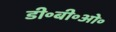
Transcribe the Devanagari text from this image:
डी॰बी॰ओ॰